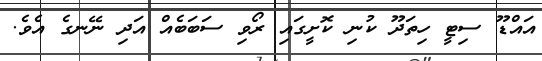
އައްޑޫ ސިޓީ ހިތަދޫ ކުނި ކޮށީގައި ރޯވި ސަބަބެއް އަދި ނޭނގެ އެވެ.